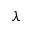
\triangledown \lambda